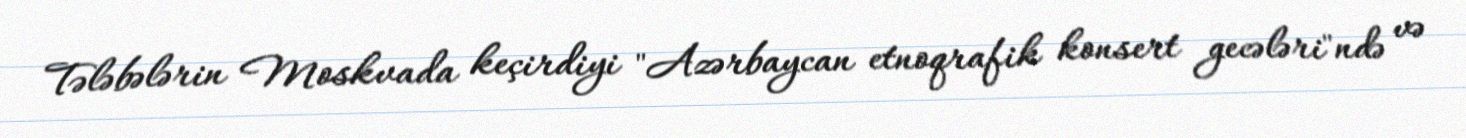
Tələbələrin Moskvada keçirdiyi "Azərbaycan etnoqrafik konsert gecələri"ndə və